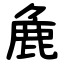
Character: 麁